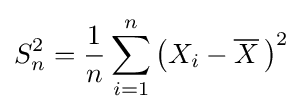
S_{n}^{2}={\frac {1}{n}}\sum _{i=1}^{n}\left(X_{i}-{\overline {X}}\,\right)^{2}